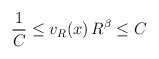
\begin{align*}\frac{1}{C} \leq v_R(x)\, R^\beta \leq C \end{align*}